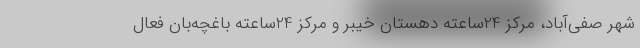
شهر صفی‌آباد، مرکز 24ساعته دهستان خیبر و مرکز 24ساعته باغچه‌بان فعال